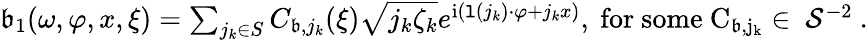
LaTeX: \begin{array}{r}{\mathfrak{b}_{1}(\omega,\varphi,x,\xi)=\sum_{j_{k}\in S}C_{\mathfrak{b},j_{k}}(\xi)\sqrt{j_{k}\zeta_{k}}e^{\mathrm{i}(\mathtt{l}(j_{k})\cdot\varphi+j_{k}x)},\mathrm{~for~some~C_{\mathfrak{b},j_k}\in~\mathcal{S}^{-2}~.}}\end{array}